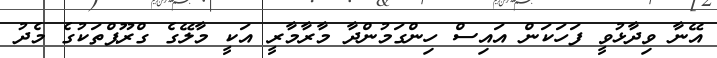
އޭނާ ވިދާޅުވީ ފަހަކަން އައިސް ހިންގަމުންދާ މާރާމާރީ އަކީ މާލޭގެ ގްރޫޕްތަކުގެ މެދު